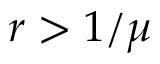
r > 1 / \mu